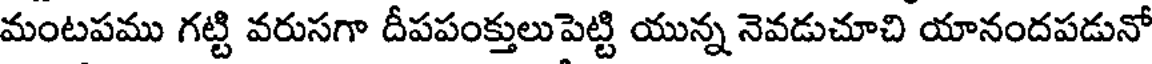
మంటపము గట్టి వరుసగా దీపపంక్తులుపెట్టి యున్న నెవడుచూచి యానందపడునో